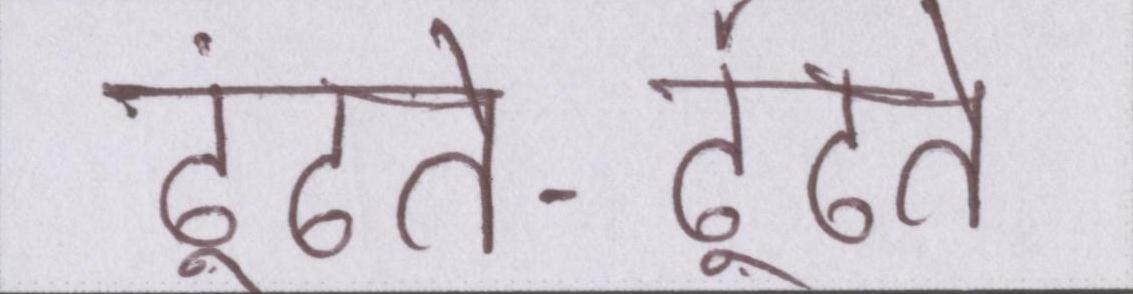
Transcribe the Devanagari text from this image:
ढूंढते-ढूंढते